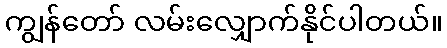
ကျွန်တော် လမ်းလျှောက်နိုင်ပါတယ်။